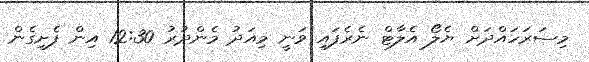
މިސަރަހައްދަށް ޔެލޯ އެލާޓް ނެރެފައި ވަނީ މިއަދު މެންދުރު 12:30 އިން ފެށިގެން